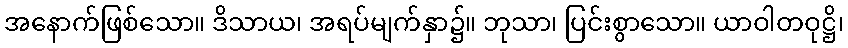
အနောက်ဖြစ်သော။ ဒိသာယ၊ အရပ်မျက်နှာ၌။ ဘုသာ၊ ပြင်းစွာသော။ ယာဝါတဝုဋ္ဌိ၊